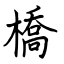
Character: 橋